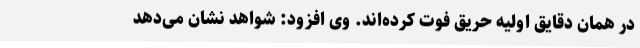
در همان دقایق اولیه حریق فوت کرده‌اند. وی افزود: شواهد نشان می‌دهد